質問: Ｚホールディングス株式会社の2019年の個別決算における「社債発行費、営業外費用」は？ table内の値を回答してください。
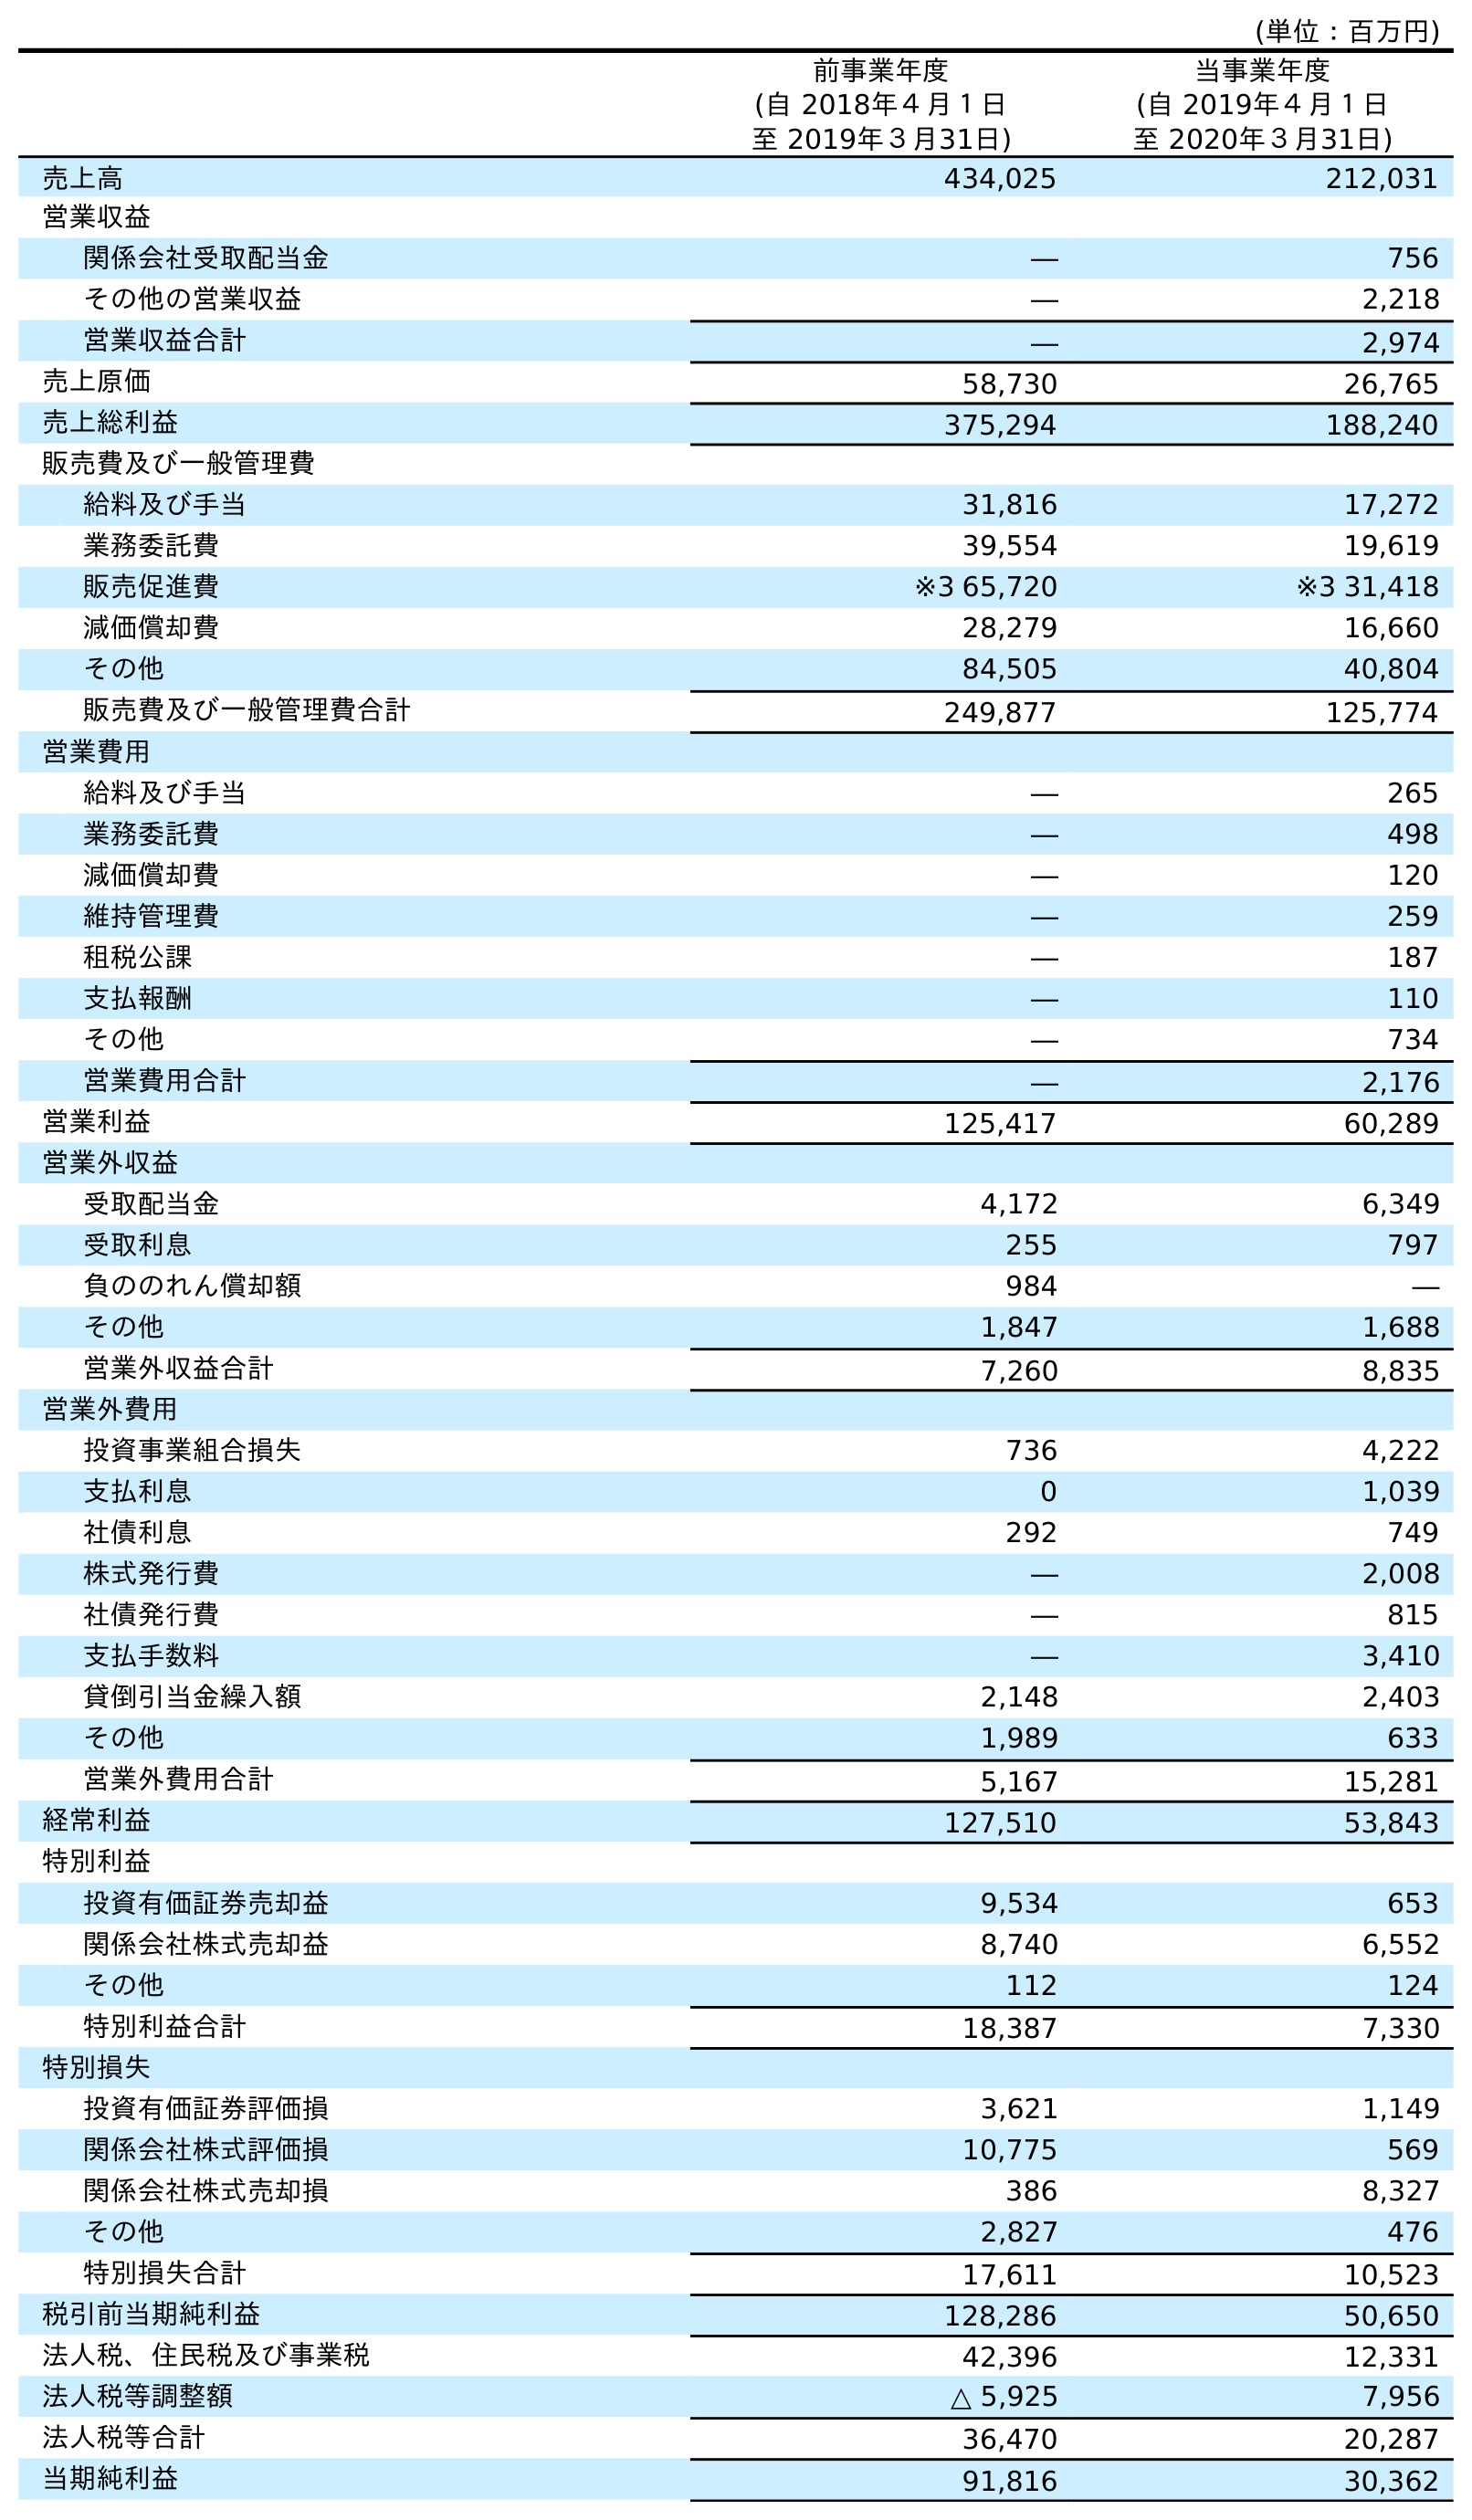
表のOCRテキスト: (単位：百万円) 前事業年度 (自 2018年４月１日 至 2019年３月31日) 当事業年度 (自 2019年４月１日 至 2020年３月31日) 売上高 434,025 212,031 営業収益 関係会社受取配当金 ― 756 その他の営業収益 ― 2,218 営業収益合計 ― 2,974 売上原価 58,730 26,765 売上総利益 375,294 188,240 販売費及び一般管理費 給料及び手当 31,816 17,272 業務委託費 39,554 19,619 販売促進費 ※3 65,720 ※3 31,418 減価償却費 28,279 16,660 その他 84,505 40,804 販売費及び一般管理費合計 249,877 125,774 営業費用 給料及び手当 ― 265 業務委託費 ― 498 減価償却費 ― 120 維持管理費 ― 259 租税公課 ― 187 支払報酬 ― 110 その他 ― 734 営業費用合計 ― 2,176 営業利益 125,417 60,289 営業外収益 受取配当金 4,172 6,349 受取利息 255 797 負ののれん償却額 984 ― その他 1,847 1,688 営業外収益合計 7,260 8,835 営業外費用 投資事業組合損失 736 4,222 支払利息 0 1,039 社債利息 292 749 株式発行費 ― 2,008 社債発行費 ― 815 支払手数料 ― 3,410 貸倒引当金繰入額 2,148 2,403 その他 1,989 633 営業外費用合計 5,167 15,281 経常利益 127,510 53,843 特別利益 投資有価証券売却益 9,534 653 関係会社株式売却益 8,740 6,552 その他 112 124 特別利益合計 18,387 7,330 特別損失 投資有価証券評価損 3,621 1,149 関係会社株式評価損 10,775 569 関係会社株式売却損 386 8,327 その他 2,827 476 特別損失合計 17,611 10,523 税引前当期純利益 128,286 50,650 法人税、住民税及び事業税 42,396 12,331 法人税等調整額 △ 5,925 7,956 法人税等合計 36,470 20,287 当期純利益 91,816 30,362
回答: ―